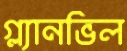
গ্ল্যানভিল